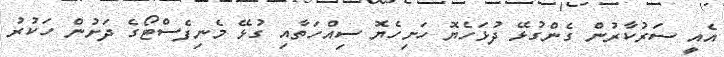
އެއީ ސަރުކާރުން ގެންގުޅޭ ދުޅަހެޔޮ ހަށިހެޔޮ ސިއްހަތާއި ގުޅޭ މެނިފެސްޓޯގެ ދަށުން ހަކުރު